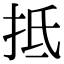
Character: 抵